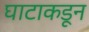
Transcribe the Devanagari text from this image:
घाटाकडून